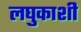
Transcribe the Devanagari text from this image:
लघुकाशी